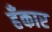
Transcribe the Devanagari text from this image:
हँकार